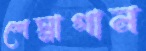
শেস্নাগান